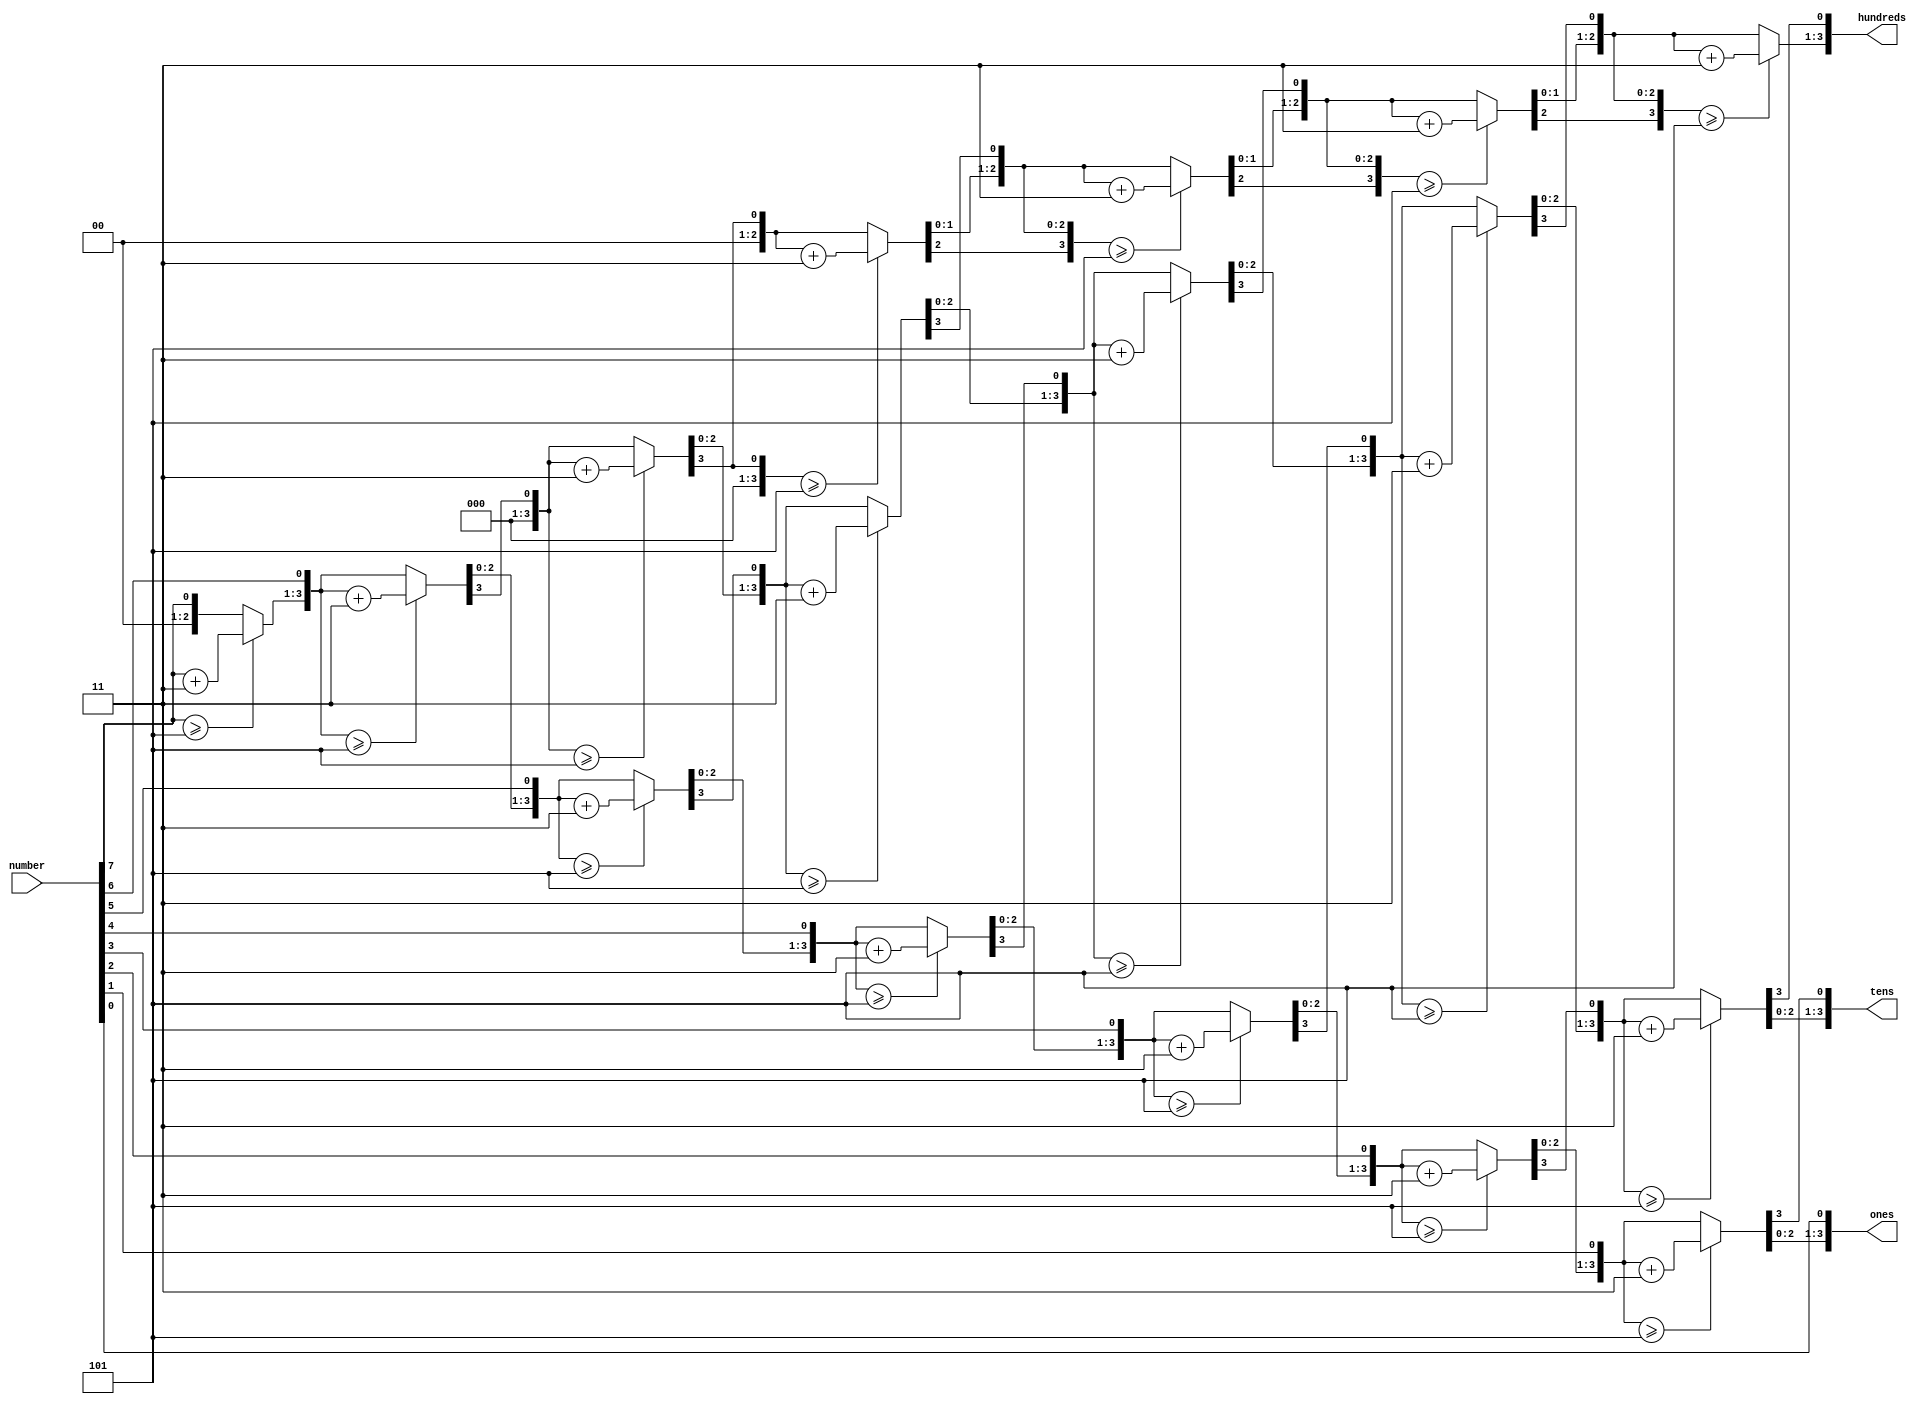
module bcd(number, hundreds, tens, ones);
   // I/O Signal Definitions
   input  [7:0] number;
   output reg [3:0] hundreds;
   output reg [3:0] tens;
   output reg [3:0] ones;
   
   // Internal variable for storing bits
   reg [19:0] shift;
   integer i;
   
   always @(number)
   begin
      // Clear previous number and store new number in shift register
      shift[19:8] = 0;
      shift[7:0] = number;
      
      // Loop eight times
      for (i=0; i<8; i=i+1) begin
         if (shift[11:8] >= 5)
            shift[11:8] = shift[11:8] + 3;
            
         if (shift[15:12] >= 5)
            shift[15:12] = shift[15:12] + 3;
            
         if (shift[19:16] >= 5)
            shift[19:16] = shift[19:16] + 3;
         
         // Shift entire register left once
         shift = shift << 1;
      end
      
      // Push decimal numbers to output
      hundreds = shift[19:16];
      tens     = shift[15:12];
      ones     = shift[11:8];
   end
 
endmodule